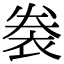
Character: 𧙯